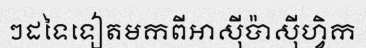
ៗដទៃទៀតមកពីអាស៊ីប៉ាស៊ីហ្វិក